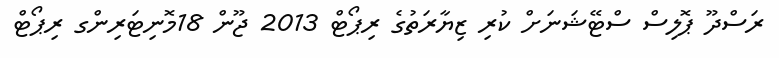
ރަސްދޫ ޕޮލިސް ސްޓޭޝަނަށް ކުރި ޒިޔާރަތުގެ ރިޕޯޓް 2013 ޖޫން 18މޮނިޓަރިންގ ރިޕޯޓް